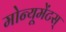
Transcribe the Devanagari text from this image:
मोन्यूमेंटस्